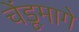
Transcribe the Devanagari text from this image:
चेंडूमागे